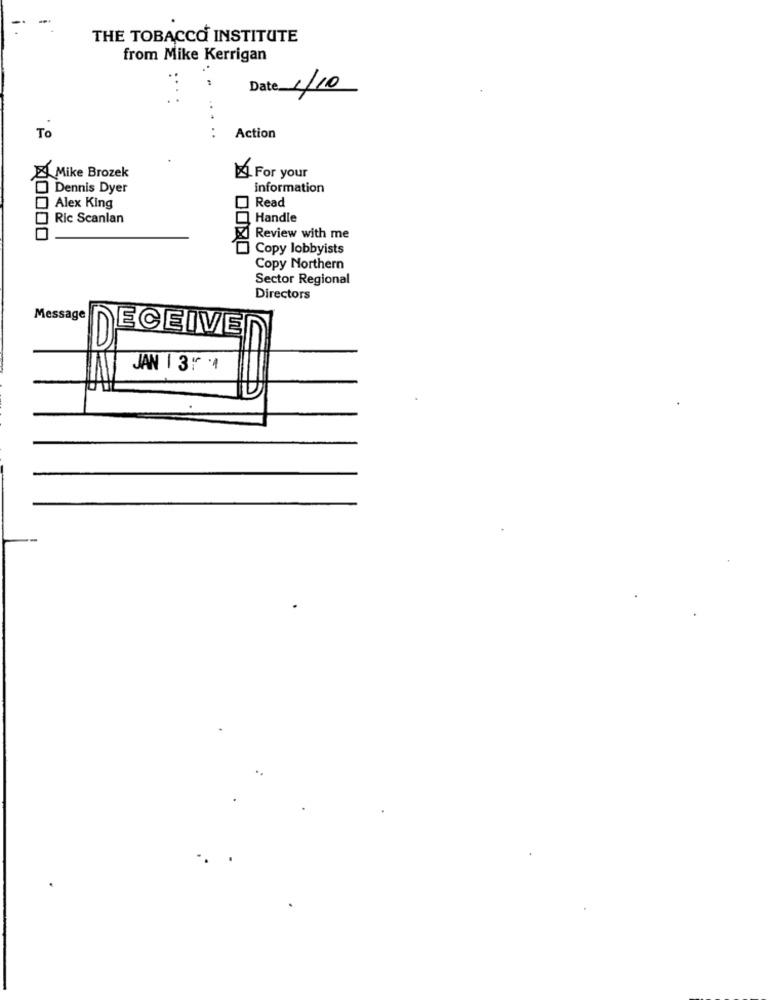
THE TOBACCO INSTITUTE
from Mike Kerrigan
Date 1/10
. .
To
Action
Mike Brozek
For your
Dennis Dyer
information
Read
Alex King
Ric Scanlan
Handle
Review with me
Copy lobbyists
Copy Northern
Sector Regional
Directors
Message
ECEIVE
JAN 1 31 .4